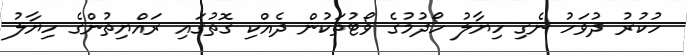
ހުކުރު ދުވަހު ނެގި ހިޔާލު ހޯދުމުގެ ވޯޓުތަކުން ދެއްކި ގޮތުގައި ރައްޔިތުންގެ ހިޔާލު